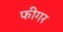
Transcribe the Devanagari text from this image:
फीगर